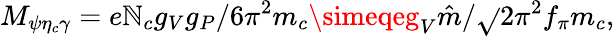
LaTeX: M_{\psi\eta_{c}\gamma}=e\mathbb{N}_{c}g_{V}g_{P}/6\pi^{2}m_{c}\simeqeg_{V}\hat{{m}}/\sqrt{}{{2}}\pi^{2}f_{\pi}m_{c},